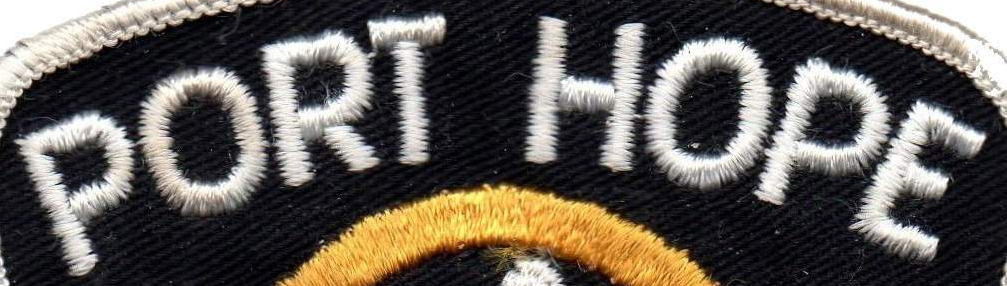
PORT HOPE